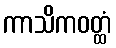
ကာသိကဝတ္ထံ